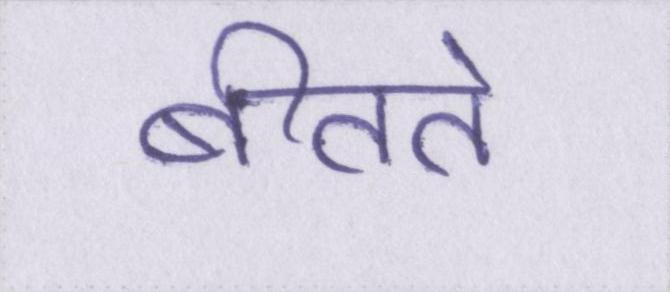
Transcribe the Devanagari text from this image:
बीतते